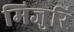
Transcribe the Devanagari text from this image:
मिजुरि